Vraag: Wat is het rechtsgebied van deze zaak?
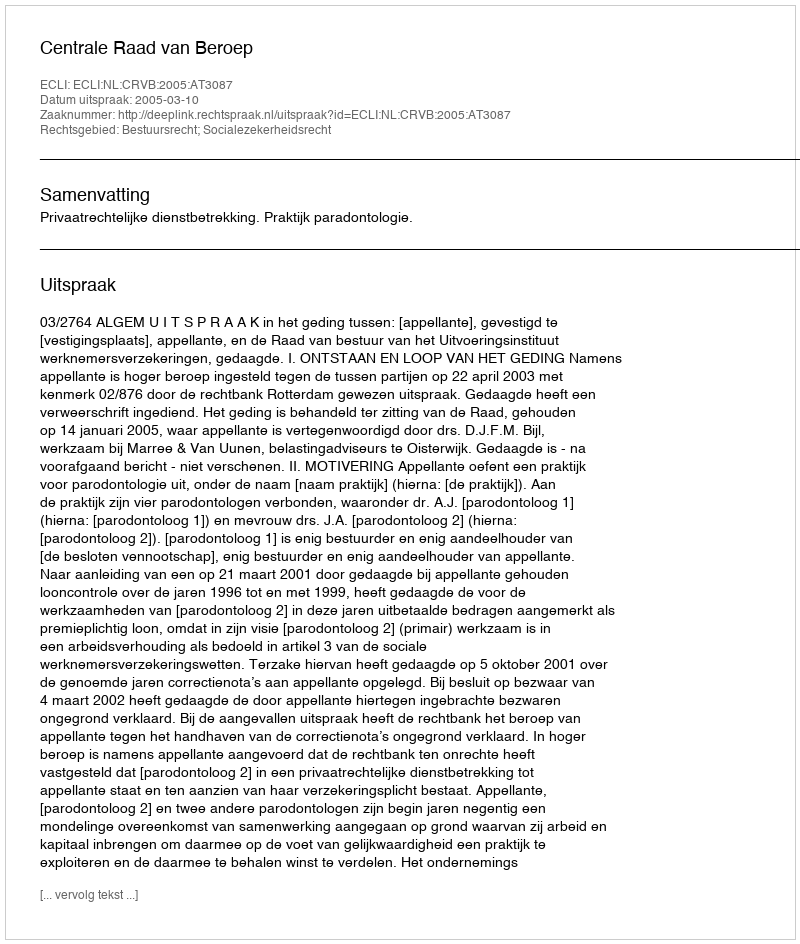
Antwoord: Bestuursrecht; Socialezekerheidsrecht